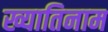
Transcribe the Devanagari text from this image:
ख्यातिनाम